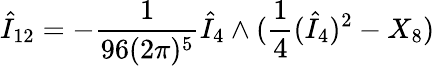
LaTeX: \hat{I}_{12}=-\frac{1}{96(2\pi)^{5}}\hat{I}_{4}\wedge(\frac{1}{4}(\hat{I}_{4})^{2}-X_{8})